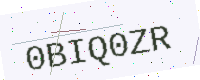
Text: 0BIQ0ZR